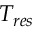
T _ { r e s }